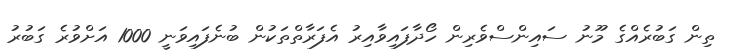
ތިން ގަބުރެއްގެ މޫނު ސައިންސްވެރިން ހޯދާފައިވާއިރު އެފަރާތްތަކުން ބުނެފައިވަނީ 1000 އަށްވުރެ ގަބުރު